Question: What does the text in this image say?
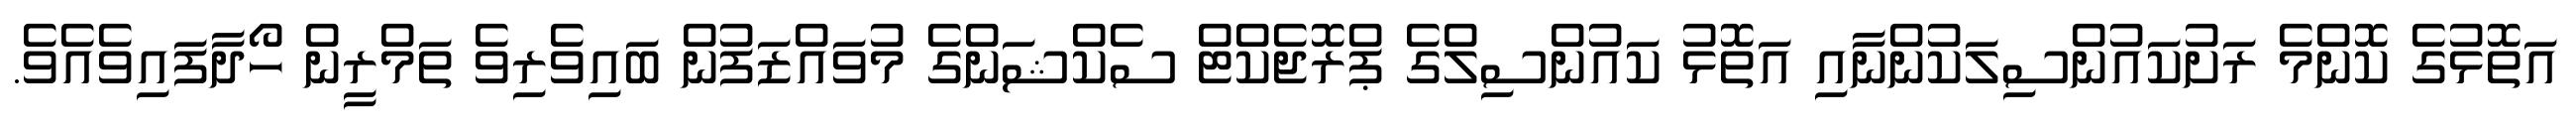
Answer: އަތޮޅުގެ ކޮންމެ ރަށުކައުންސިލަކުންނާއި އަތޮޅު ކައުންސިލްގެ ޕްރޮޖެކްޓް ސެކްޝަންގެ މުވައްޒަފުން ބައިވެރިވެ ތަމްރީން ހޯދާފައިވެއެވެ.